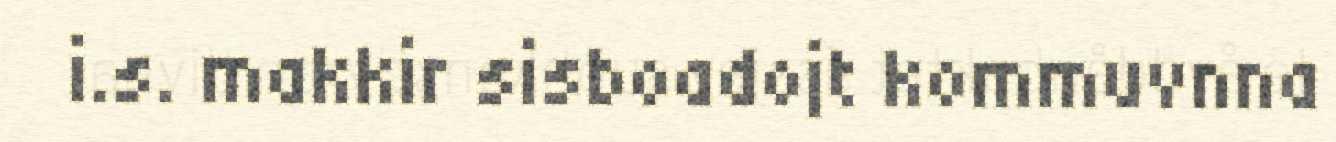
i.s. makkir sisboadojt kommuvnna